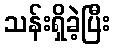
သန်းရှိခဲ့ပြီး